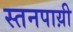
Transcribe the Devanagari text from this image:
स्तनपाय़ी